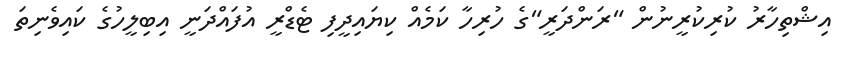
އިޝްތިހާރު ކުރިކުރީނުން "ރަންދަރީ"ގެ ހުރިހާ ކަމެއް ކިޔައިދީފި ޓެޑްރީ އުފައްދަނީ އިބިލީހުގެ ކައިވެނިތަ